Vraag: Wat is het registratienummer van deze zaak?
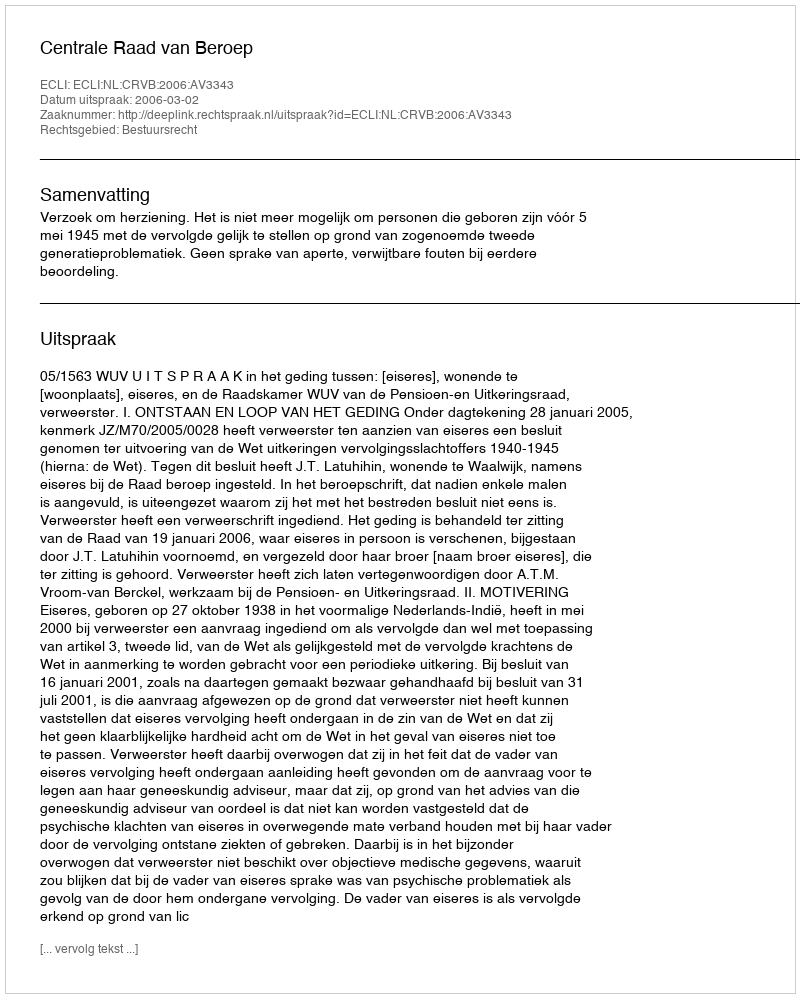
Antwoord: http://deeplink.rechtspraak.nl/uitspraak?id=ECLI:NL:CRVB:2006:AV3343